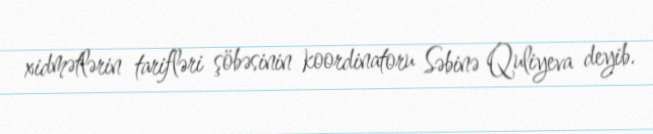
xidmətlərin tarifləri şöbəsinin koordinatoru Səbinə Quliyeva deyib.